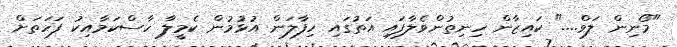
"މޯނިން ލަވް...." ކައިޒާން ހިނިތުންވެލާފައި އަތުގައި ހިފާލަން އުޅުމުން ކެމީލާ ހާސްކަމާއިކު ފަހަތަށް